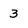
Character: 3